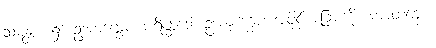
သမန္တာ၊ ၌။ ဥဒကုက္ခေပ ပရိစ္ဆေဒေါ၊ ဥဒကုက္ခေပ အပိုင်းအခြားကို။ ကာတဗ္ဗော၊